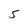
Character: 5